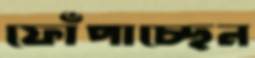
ফোঁপাচ্ছেন